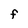
Character: F